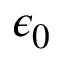
\epsilon _ { 0 }